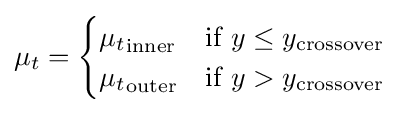
\mu _{t}={\begin{cases}{\mu _{t}}_{\text{inner}}&{\mbox{if }}y\leq y_{\text{crossover}}\\{\mu _{t}}_{\text{outer}}&{\mbox{if }}y>y_{\text{crossover}}\end{cases}}